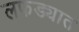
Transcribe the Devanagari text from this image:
लफड्यात